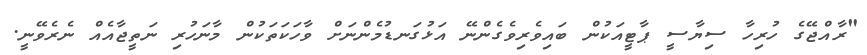
"ރާއްޖޭގެ ހުރިހާ ސިޔާސީ ޕާޓީއަކުން ބައިވެރިވެގެންނޭ އަޅުގަނޑުމެންނަށް ވާހަކަތަކުން މާނަހުރި ނަތީޖާއެއް ނެރެވޭނީ.